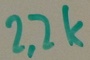
Text: 2,2K